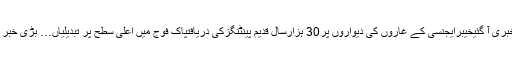
سونے کی قیمتوں کی لمبی چھلانگ، صارفین کیلئے بڑی خوشخبری آ گئیخیبرایجنسی کے غاروں کی دیواروں پر30 ہزارسال قدیم پینٹنگزکی دریافتپاک فوج میں اعلیٰ سطح پر تبدیلیاں… بڑی خبرPK-661 سانحہ… ایک ہی خاندان کے کتنے افراد شامل تھے؟